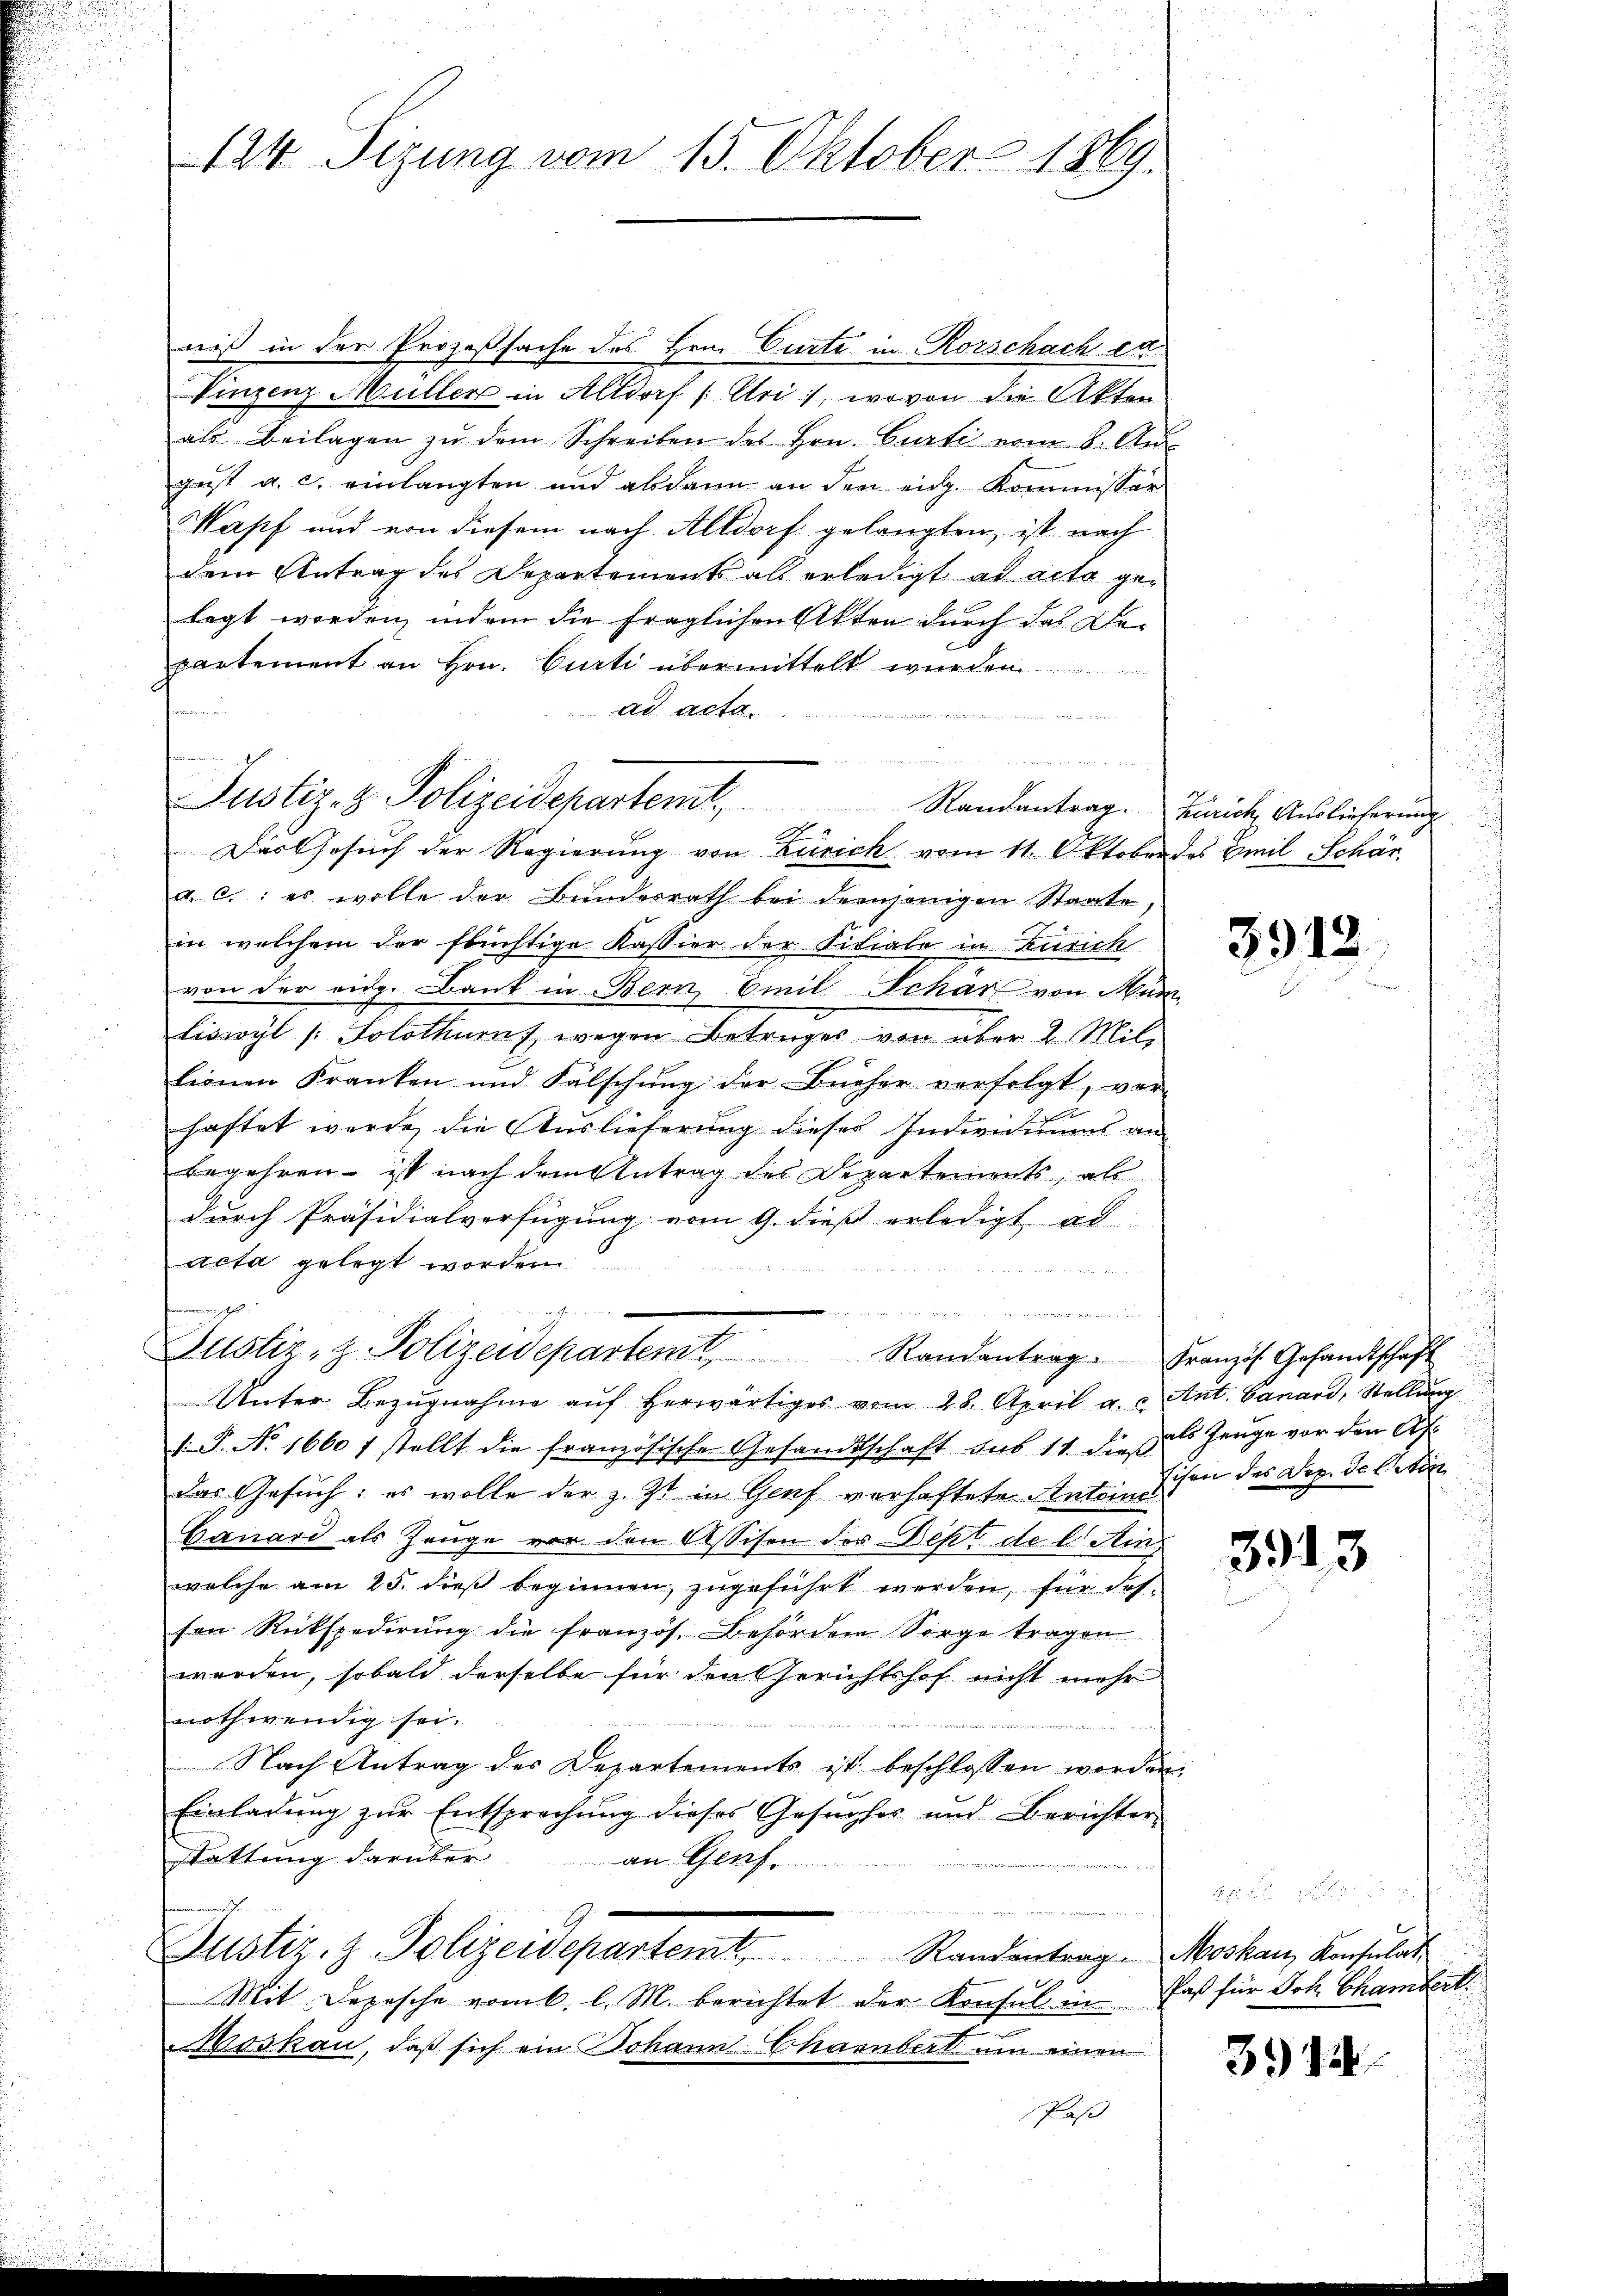
124. Sizung vom 15. Oktober 1869.

nis in der Prozeßsache des Hrn. Curte in Rorschach er
Vinzenz Müller in Altdorf (Uri), wovon die Akten
als Beilagen zŭ dem Schreiben des Hrn. Curti vom 8. Aŭs
gust a. c. einlangten und abdann an den eidg. Kommissar
Wapf und von diesem nach Altdorf gelangten, ist nach
dem Antrag des Departements als erledigt ad acta gelegt worden, indem die fraglichen Akten durch das Departement an Hrn. Curti übermittelt wurden
ad acta.
 Mit

a. C.: es wolle der Bundesrath bei demjenigen Staate
in welchem der flüchtige Kassier der Titiale in Zürich
von der eidg. Bank in Bern, Emil Schär von Mum
liswyl (Solothurns wegen Betrages von über 2. Mil-
lionen Franken und Fälschŭng der Bücher verfolgt, ver-
.
haftet werde, die Auslieferung dieses Individuums an
Begehren ist nach dem Antrag des Departements, als
durch Präsidialverfügung vom 9. dieß erledigt ad
Acta gelegt worden
uee eine B
a
d
Justiz- & Polizeidepartemt, Randantrag . Französ. Gesandtschaft

Justiz- & Polizeidepartemt, Randentrag. Biche Auslieferung
Das Gesuch der Regierung von Zürich vom 11. Oktober des Emil Schär

Unter Bezŭgnahme aŭf herwärtiges vom 28. April a. c. Ant. Canard, Stellung
1. P. No. 1600 f stellt die französische Gesandtschaft aus 11. dieß als Zeuge vor den Af
das Gesuch: es wolle der z. Zt. in Genf verhaftete Anteine
Ganard als Zeuge vor den Assisen des Dept de l Min
welche am 25. dieß beginnen, zugeführt werden, für desfon Rükspedirŭng die französ. Behörden Sorge tragen
werden, sobald derselbe für den Gerichtshof nicht mehr
nothwendig sei.
Nach Antrag des Departements ist beschlossen worden.
Einladung zur Entsprechung dieses Gesucher und Berichter
Stattung darüber
an Genf.
e
Justiz, z. Polizeidepartemb. Standentrage Moskau, Konsula
Mit Depesche vom 6. l. M. berichtet der Konsul in
Moskau, daß sich ein Johann Chambert um einen
Pass

3912.

Eisen des Dep. de let

3913

a
Paß für Joh. Chambert

312